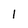
Character: 1